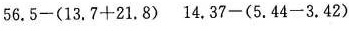
56.5-(13.7+21.8) 14.37-(5.44-3.42)